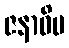
ဇနာဓိပ